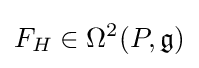
F_{H}\in \Omega ^{2}(P,{\mathfrak {g}})